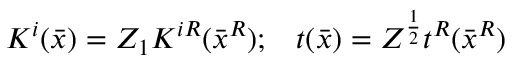
K ^ { i } ( \bar { x } ) = Z _ { 1 } K ^ { i R } ( \bar { x } ^ { R } ) ; \; \; \; t ( \bar { x } ) = Z ^ { \frac { 1 } { 2 } } t ^ { R } ( \bar { x } ^ { R } )